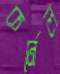
কর্নেল